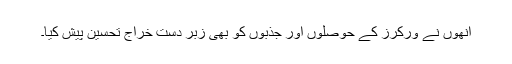
انھوں نے ورکرز کے حوصلوں اور جذبوں کو بھی زبر دست خراج تحسین پیش کیا۔